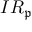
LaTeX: I R _ { \mathfrak { p } }